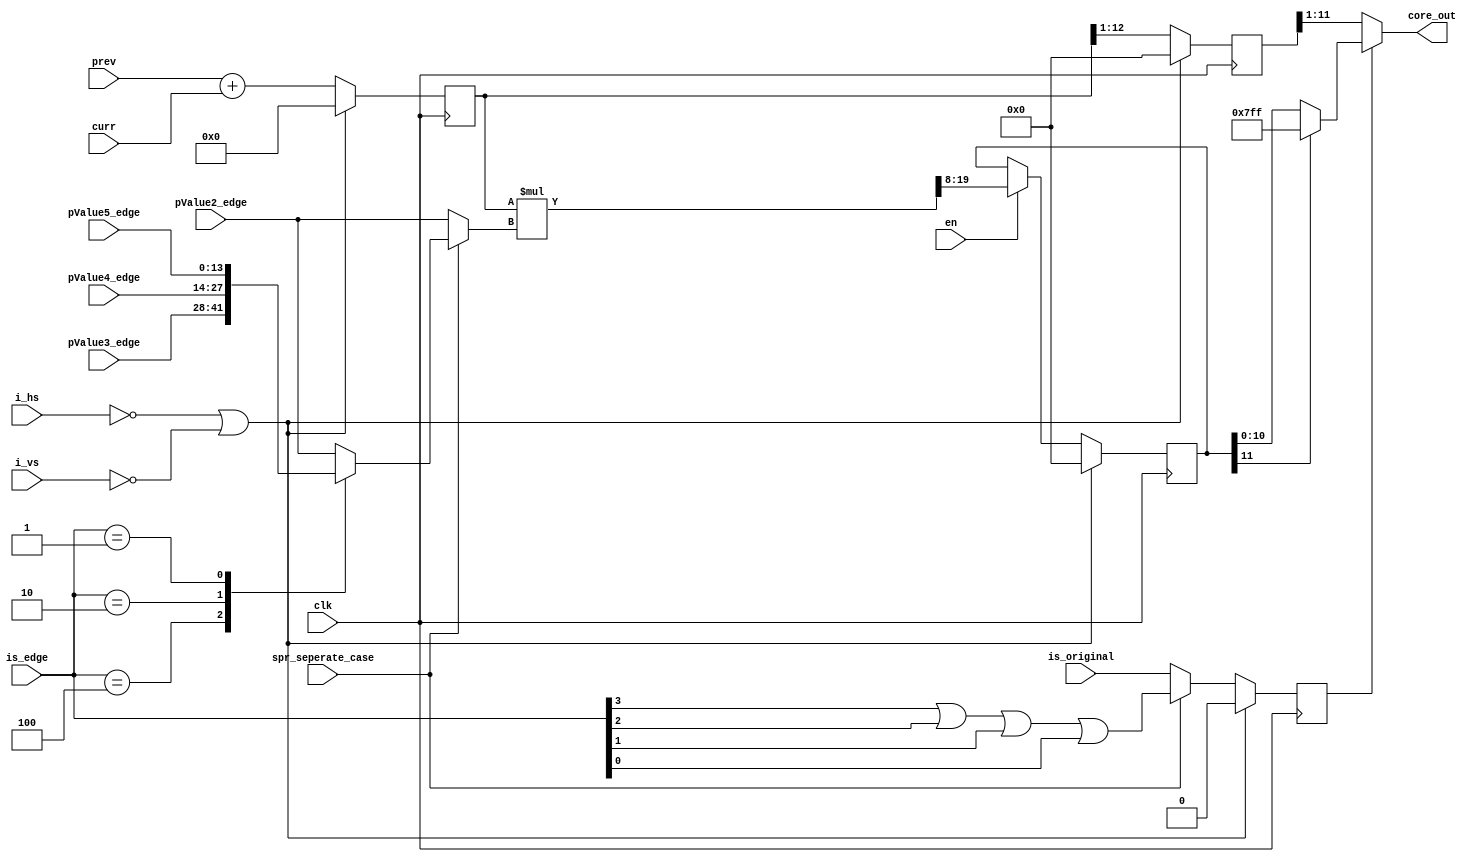
module core_r (
    input clk,
    input i_hs,
    input i_vs,
    input en,
    input spr_seperate_case,
    input is_original,
    input [13:0] pValue2_edge,
    input [13:0] pValue3_edge,
    input [13:0] pValue4_edge,
    input [13:0] pValue5_edge,
    input [3:0] is_edge,
    input [11:0] prev,
    input [11:0] curr,
    output [10:0] core_out
);

wire is_special_case_w;
reg is_special_case_r;
assign is_special_case_w = (spr_seperate_case) ? (is_edge[3] || is_edge[2] || is_edge[1] || is_edge[0]) : is_original;

wire [11:0] add1, add2;
wire [12:0] add_w;
reg [12:0] add_r;
assign add1 = prev;
assign add2 = curr;
assign add_w = add1 + add2;

wire [12:0] mult1;
reg [13:0] mult2;
wire [19:0] mult_w;
reg [11:0] mult_r;
assign mult1 = add_r;
assign mult_w = mult1 * mult2;

wire [11:0] add_shift_w;
reg [11:0] add_shift_r;
assign add_shift_w = add_r>>1;

assign core_out = (is_special_case_r) ? ((mult_r[11])?11'b111_1111_1111:mult_r[10:0]) : add_shift_r>>1;

always @(*) begin
    if(spr_seperate_case)begin
            case (is_edge)
                4'b1000: begin
                    mult2 = pValue2_edge;
                end
                4'b0100: begin
                    mult2 = pValue3_edge;
                end
                4'b0010: begin
                    mult2 = pValue4_edge;
                end
                4'b0001: begin
                    mult2 = pValue5_edge;
                end
                default: begin
                    mult2 = pValue2_edge;
                end
            endcase
    end
    else begin
        mult2 = pValue2_edge;
    end
end

always @(posedge clk) begin
    if(!i_hs || !i_vs)begin
        mult_r <= 0;
    end
    else if(en)begin
        mult_r <= mult_w>>8;
    end
end

always @(posedge clk) begin
    if(!i_hs || !i_vs)begin
        add_r <= 0;
        add_shift_r <= 0;
        is_special_case_r <= 0;
    end
    else begin
        add_r <= add_w;
        add_shift_r <= add_shift_w;
        is_special_case_r <= is_special_case_w;
    end
end
    
endmodule